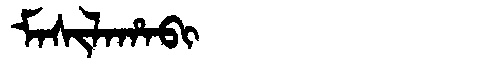
Manchu: ᠮᠠᠰᡳᠯᠠᡥᠠᠪᡳ
Romanization: MASILAHABI